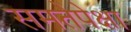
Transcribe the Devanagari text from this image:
समतेपेक्षा